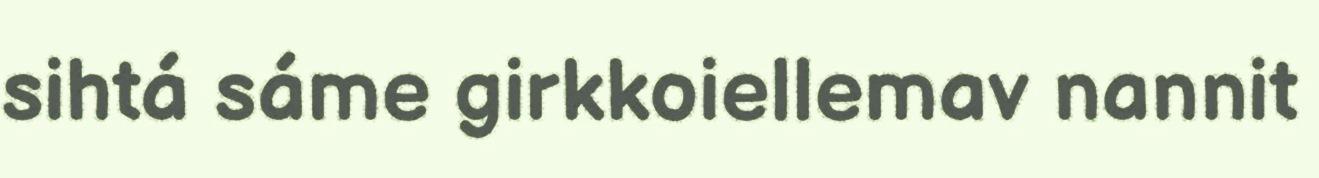
sihtá sáme girkkoiellemav nannit